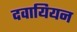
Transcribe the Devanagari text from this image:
दवायियन